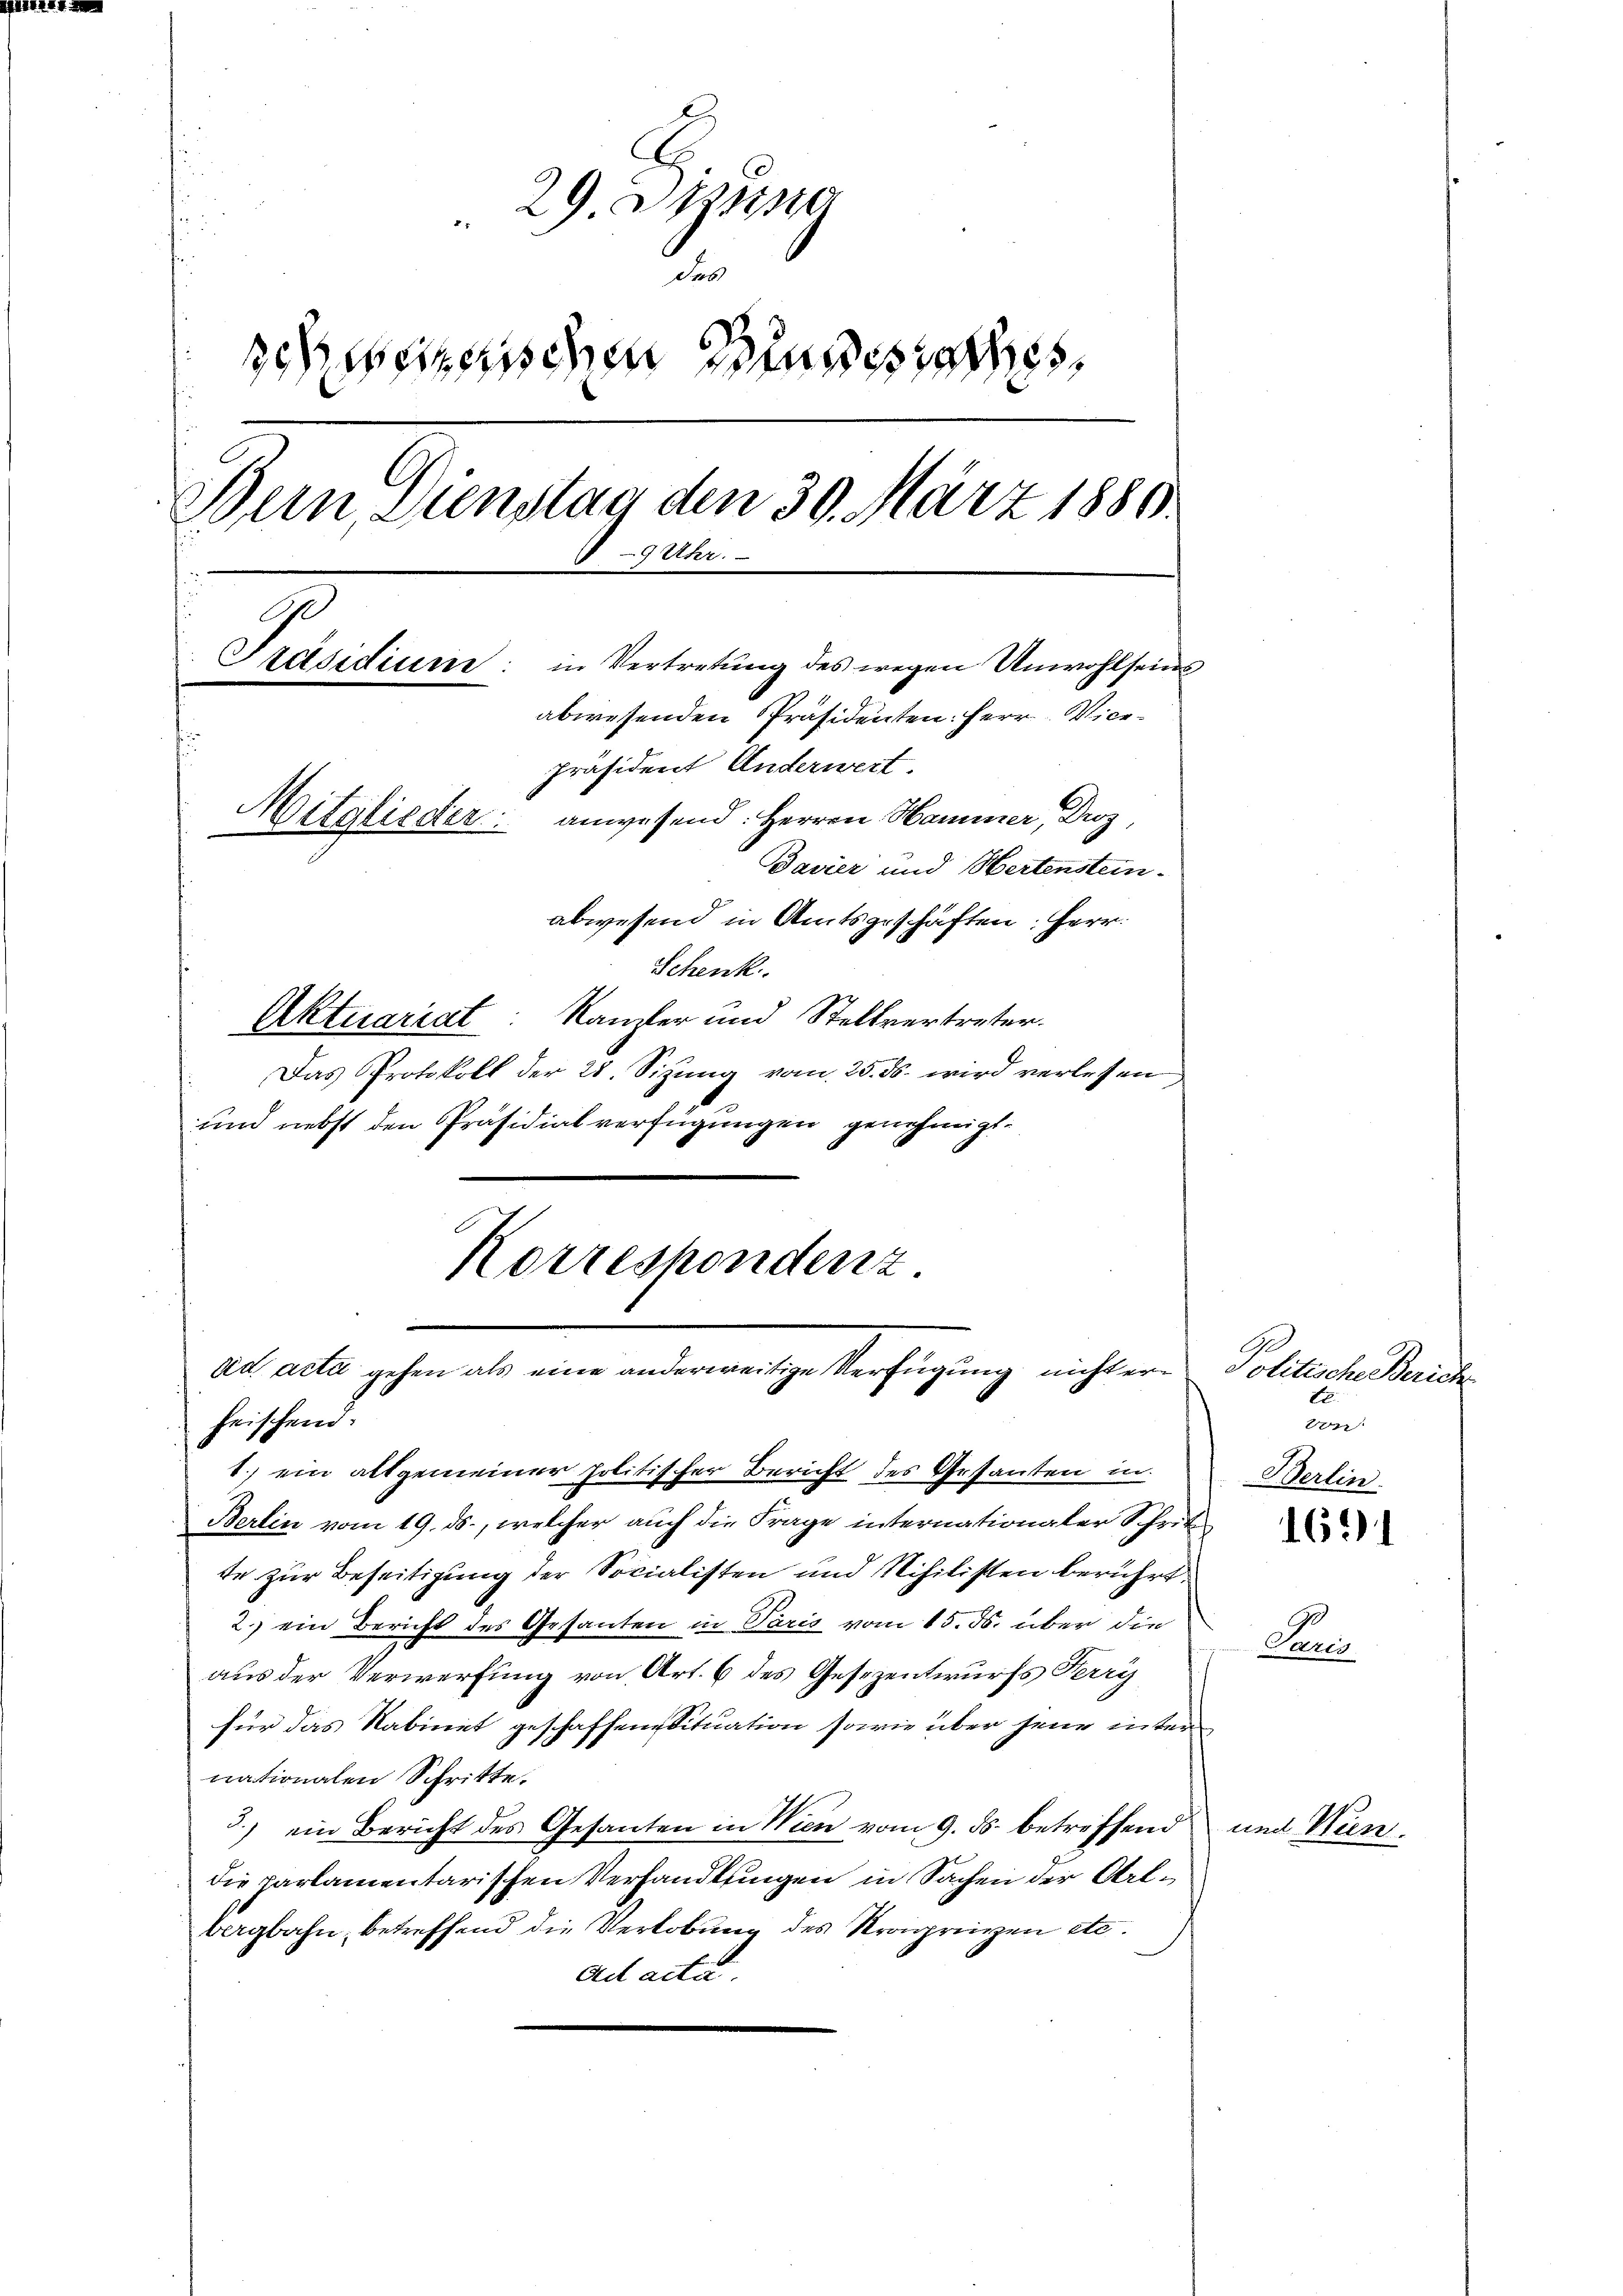
29. Diesig
des
deheizerischen Bundesrathes,
Bein Dienstag den 30. März 1880
9 Rt.
Präsidium
in Vertretung des wegen Unwohlsein
abwesenden Präsidenten: Herr Vier¬
Präsident Anderwert.
Mitglieder anwesend: Herren Hammer, Droz,
Bavier und Hertensteinabwesend in Amtsgeschäften. Herr
Schenk.
Aktuariat Kanzler und Stellvertreter.

Das Protokoll der 28. Sizung vom 25. ds. wird verlesen
und nebst den Präsidialverfügungen genehmigt.
heischend:
1.) ein allgemeiner politischer Bericht des Gesanten in
Bertin vom 19. ds., welcher auch die Frage internationaler Schrit
te zur Beseitigung der Socialisten und Schilisten berührt.
2.) ein Bericht des Gesanten in Paris vom 15. ds. über die
aus der Verwerfung von Art. 6 des Gesezentwurfs Ferry
für das Rabinet geschaffen Situation sowie über jene inter
nationalen Schritte.
3.) ein Bericht des Gesanten in Wien vom 9. ds. betreffend
die parlamentarischen Verhandlungen in Sachen der Arlbergbahn, betreffend die Verlobung des Strägrigen etc.
Ad acta

Korrespondenz.
ad acta gehen als eine anderweitige Verfügung nicht er¬

Politische Zürich
E.
von
Berlin.

1691

Sani

und Wien.